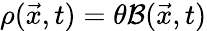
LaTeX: \rho({\vec{x}},t)=\theta{\cal B}({\vec{x}},t)